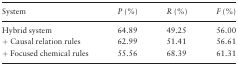
<table><thead><tr><td><b>System</b></td><td><b><i>P</i> (%)</b></td><td><b><i>R</i> (%)</b></td><td><b><i>F</i> (%)</b></td></tr></thead><tbody><tr><td>Hybrid system</td><td>64.89</td><td>49.25</td><td>56.00</td></tr><tr><td>+ Causal relation rules</td><td>62.99</td><td>51.41</td><td>56.61</td></tr><tr><td>+ Focused chemical rules</td><td>55.56</td><td>68.39</td><td>61.31</td></tr></tbody></table>